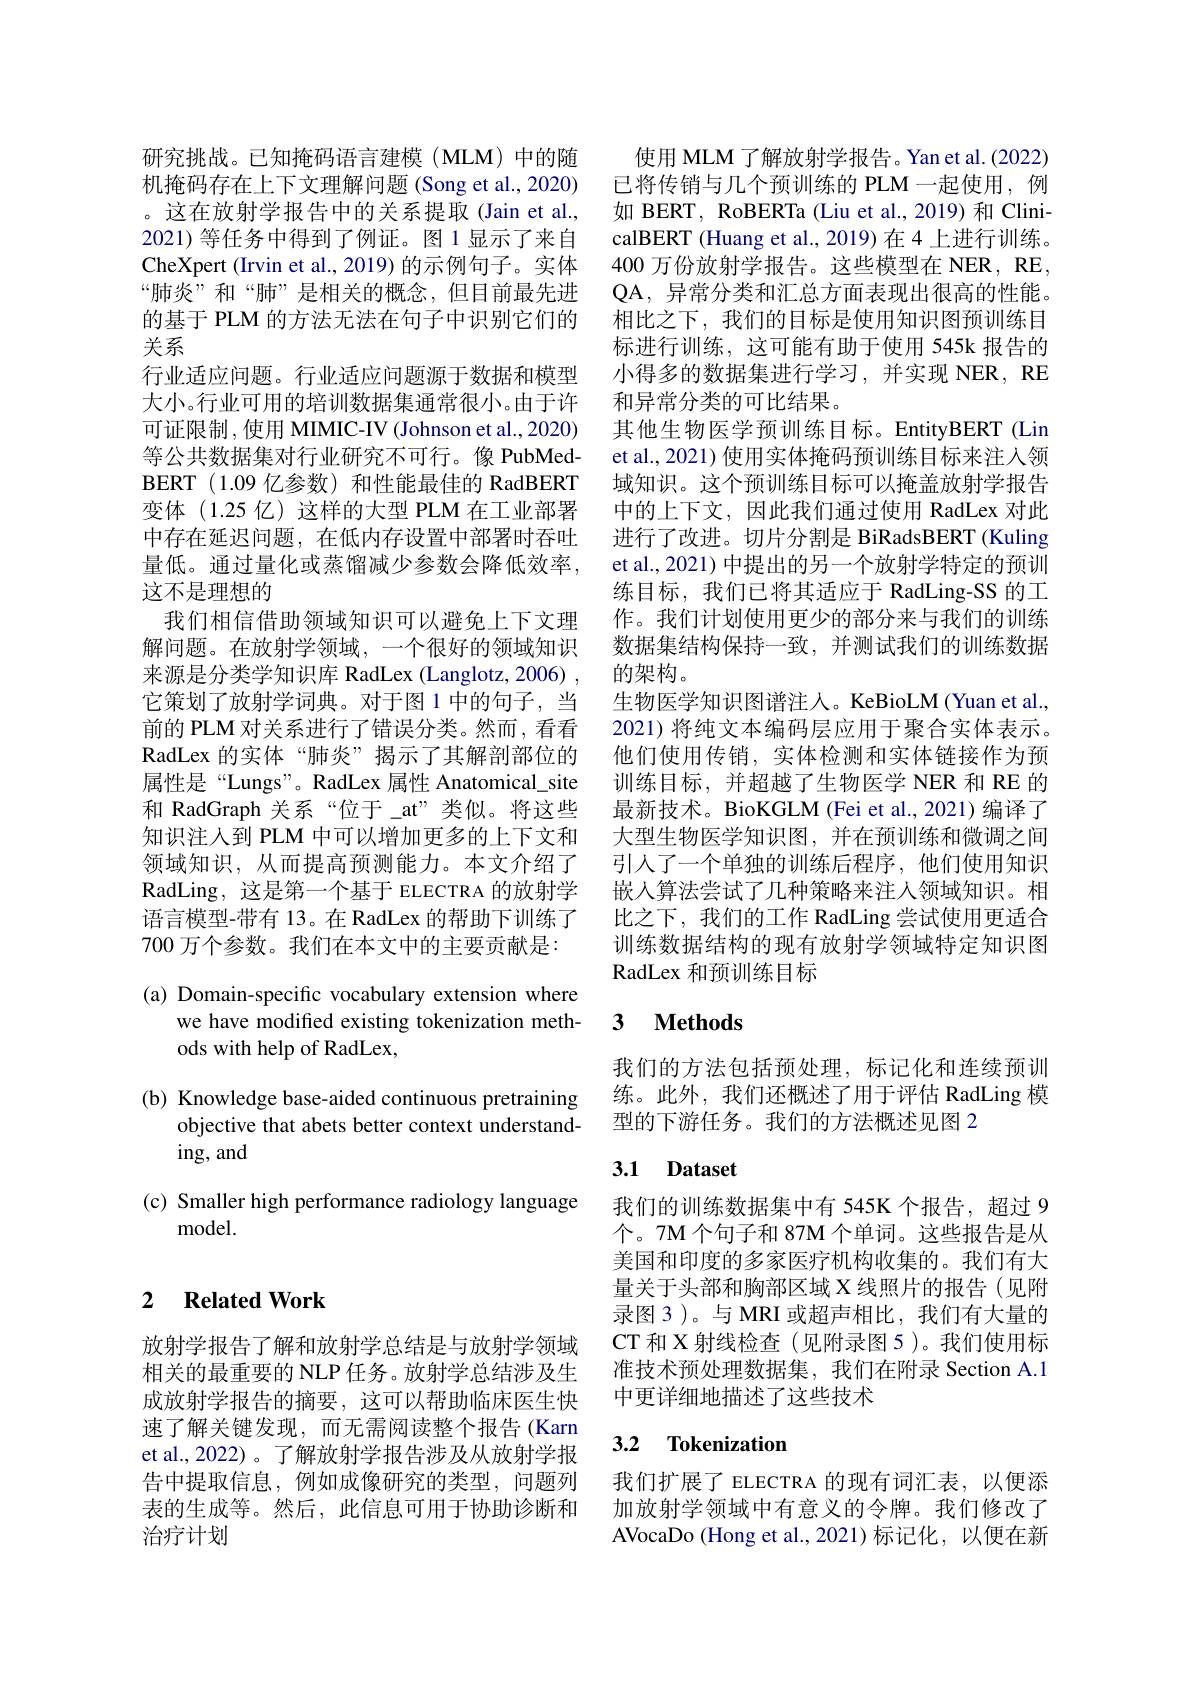
研究挑战。已知掩码语言建模(MLM)中的随机掩码存在上下文理解问题 (Song et al., 2020) 。这在放射学报告中的关系提取(Jain et al., 2021)等任务中得到了例证。图 1 显示了来自CheXpert (Irvin et al., 2019) 的示例句子。实体“肺炎”和“肺”是相关的概念，但目前最先进的基于 PLM 的方法无法在句子中识别它们的关系
行业适应问题。行业适应问题源于数据和模型大小。行业可用的培训数据集通常很小。由于许可证限制，使用 MIMIC-IV (Johnson et al., 2020) 等公共数据集对行业研究不可行。像 PubMedBERT (1.09 亿参数) 和性能最佳的 RadBERT 变体(1.25 亿)这样的大型 PLM 在工业部署中存在延迟问题，在低内存设置中部署时吞吐量低。通过量化或蒸馏减少参数会降低效率， 这不是理想的
我们相信借助领域知识可以避免上下文理解问题。在放射学领域，一个很好的领域知识来源是分类学知识库 RadLex (Langlotz, 2006) , 它策划了放射学词典。对于图 1 中的句子，当前的 PLM 对关系进行了错误分类。然而 , 看看RadLex 的实体“肺炎”揭示了其解剖部位的属性是“Lungs”。RadLex 属性 Anatomical\_site 和 RadGraph 关系“位于 at”类似。将这些知识注人到 PLM 中可以增加更多的上下文和领域知识，从而提高预测能力。本文介绍了RadLing, 这是第一个基于 ELECTRA 的放射学语言模型-带有 13。在 RadLex 的帮助下训练了700 万个参数。我们在本文中的主要贡献是：

(a) Domain-specific vocabulary extension where
we have modified existing tokenization meth-
ods with help of RadLex,

(b) Knowledge base-aided continuous pretraining
objective that abets better context understand-
ing, and

(c) Smaller high performance radiology language
${\mathrm{model}}.$

### 2 $\textbf{Related Work}$

放射学报告了解和放射学总结是与放射学领域相关的最重要的 NLP 任务。放射学总结涉及生成放射学报告的摘要，这可以帮助临床医生快速了解关键发现，而无需阅读整个报告(Karn et al.,2022) 。了解放射学报告涉及从放射学报告中提取信息，例如成像研究的类型，问题列表的生成等。然后，此信息可用于协助诊断和治疗计划

使用 MLM 了解放射学报告。Yan et al.(2022) 已将传销与几个预训练的 PLM 一起使用，例如 BERT, RoBERTa (Liu et al., 2019) 和 ClinicalBERT (Huang et al., 2019) 在 4 上进行训练。400 万份放射学报告。这些模型在 NER, RE, QA, 异常分类和汇总方面表现出很高的性能。相比之下，我们的目标是使用知识图预训练目标进行训练，这可能有助于使用 545k 报告的小得多的数据集进行学习，并实现 NER, RE 和异常分类的可比结果。
其他生物医学预训练目标。EntityBERT(Lin et al., 2021) 使用实体掩码预训练目标来注入领域知识。这个预训练目标可以掩盖放射学报告中的上下文，因此我们通过使用 RadLex 对此进行了改进。切片分割是 BiRadsBERT (Kuling et al., 2021) 中提出的另一个放射学特定的预训练目标，我们已将其适应于 RadLing-SS 的工作。我们计划使用更少的部分来与我们的训练数据集结构保持一致，并测试我们的训练数据的架构。
生物医学知识图谱注人。KeBioLM(Yuan et al., 2021) 将纯文本编码层应用于聚合实体表示。他们使用传销，实体检测和实体链接作为预训练目标，并超越了生物医学 NER 和 RE 的最新技术。BioKGLM (Fei et al., 2021) 编译了大型生物医学知识图，并在预训练和微调之间引入了一个单独的训练后程序，他们使用知识嵌入算法尝试了几种策略来注人领域知识。相比之下，我们的工作 RadLing 尝试使用更适合训练数据结构的现有放射学领域特定知识图RadLex 和预训练目标

## 3 $\textbf{Methods}$

我们的方法包括预处理，标记化和连续预训练。此外，我们还概述了用于评估 RadLing 模型的下游任务。我们的方法概述见图 2

## 3.1 Dataset

我们的训练数据集中有 545K 个报告，超过 9个。7M 个句子和 87M 个单词。这些报告是从美国和印度的多家医疗机构收集的。我们有大量关于头部和胸部区域 X 线照片的报告(见附录图3)。与 MRI 或超声相比，我们有大量的CT 和 X 射线检查(见附录图 5 )。我们使用标准技术预处理数据集，我们在附录 Section A.1中更详细地描述了这些技术

## 3.2 Tokenization

我们扩展了 ELECTRA 的现有词汇表，以便添加放射学领域中有意义的令牌。我们修改了AVocaDo (Hong et al.,2021)标记化，以便在新